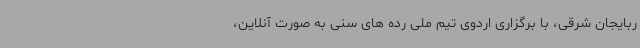
ربایجان شرقی، با برگزاری اردوی تیم ملی رده های سنی به صورت آنلاین،